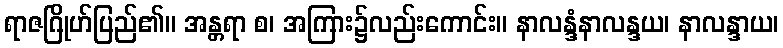
ရာဇဂြိုဟ်ပြည်၏။ အန္တရာ စ၊ အကြား၌လည်းကောင်း။ နာလန္ဒံနာလန္ဒယ၊ နာလန္ဒာယ၊